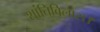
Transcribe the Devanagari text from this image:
शांतिविलास।